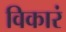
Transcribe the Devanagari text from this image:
विकारं